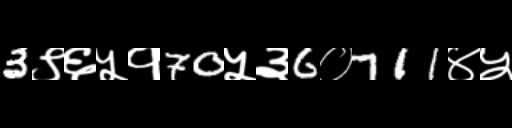
Text: 3९६५१70५३6०711४५